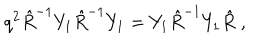
LaTeX: q ^ { 2 } \hat { R } ^ { - 1 } Y _ { 1 } \hat { R } ^ { - 1 } Y _ { 1 } = Y _ { 1 } \hat { R } ^ { - 1 } Y _ { 1 } \hat { R } \; ,